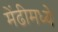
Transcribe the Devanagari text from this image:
मेंढीमध्ये